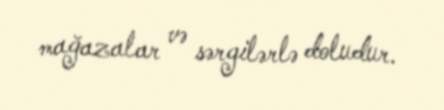
mağazalar və sərgilərlə doludur.